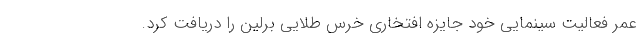
عمر فعالیت سینمایی خود جایزه افتخاری خرس طلایی برلین را دریافت کرد.